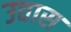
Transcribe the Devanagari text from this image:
उद्यास